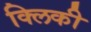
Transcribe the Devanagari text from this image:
क्लिकी